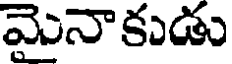
మైనాకుడు